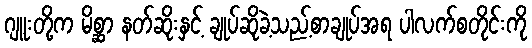
ဂျူးတို့က မိစ္ဆာ နတ်ဆိုးနှင့် ချုပ်ဆိုခဲ့သည့်စာချုပ်အရ ပါလက်စတိုင်းကို